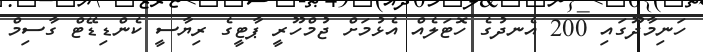
ހަނިމާދޫގައި 200 އެނދުގެ ހޮޓަލެއް އެޅުމަށް ޖުމްހޫރީ ޕާޓީގެ ރިޔާސީ ކެންޑިޑޭޓް ގާސިމް